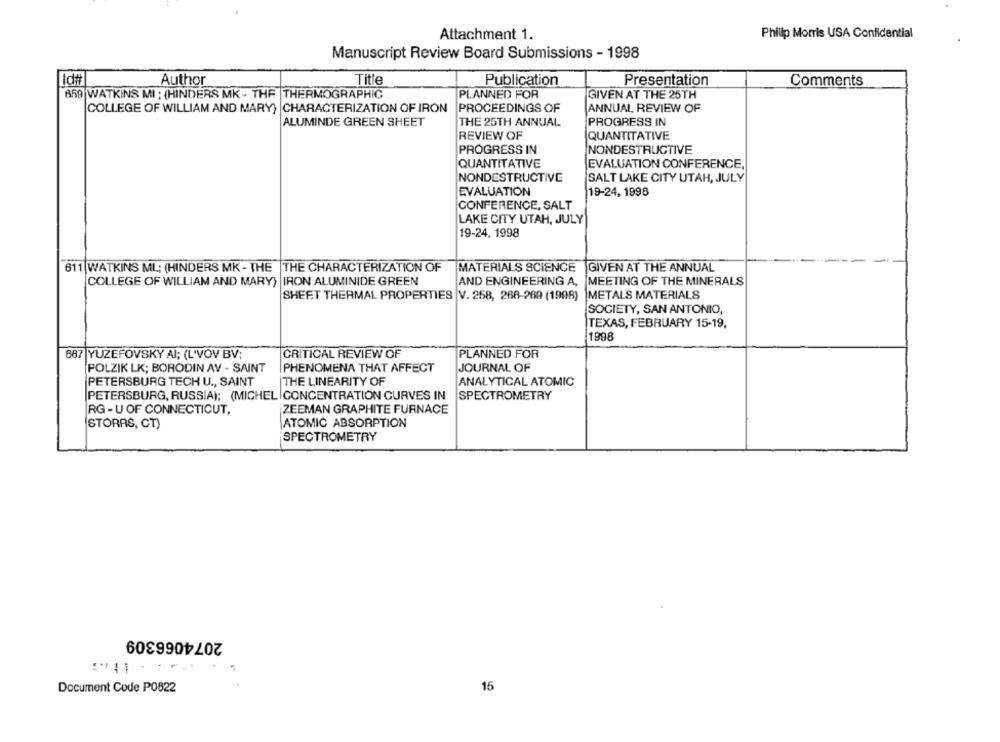
Attachment 1.
Philip Morris USA Confidential
Manuscript Review Board Submissions - 1998
Id#
Author
Title
Publication
Presentation
Comments
659 WATKINS MI : (HINDERS MK - THE |THERMOGRAPHIC
PLANNED FOR
GIVEN AT THE 25TH
COLLEGE OF WILLIAM AND MARY) |CHARACTERIZATION OF IRON PROCEEDINGS OF
ANNUAL REVIEW OF
ALUMINDE GREEN SHEET
THE 25TH ANNUAL
PROGRESS IN
REVIEW OF
QUANTITATIVE
PROGRESS IN
NONDESTRUCTIVE
QUANTITATIVE
EVALUATION CONFERENCE,
NONDESTRUCTIVE
SALT LAKE CITY UTAH, JULY
EVALUATION
19-24, 1998
CONFERENCE, SALT
LAKE CITY UTAH, JULY
19-24, 1998
611 WATKINS ML; (HINDERS MK - THE |THE CHARACTERIZATION OF
MATERIALS SCIENCE
GIVEN AT THE ANNUAL
COLLEGE OF WILLIAM AND MARY) |IRON ALUMINIDE GREEN
AND ENGINEERING A,
MEETING OF THE MINERALS
SHEET THERMAL PROPERTIES |V. 258, 268-269 (1998)
METALS MATERIALS
SOCIETY, SAN ANTONIO,
TEXAS, FEBRUARY 15-19,
1998
667 YUZEFOVSKY AI; (L'VOV BV;
CRITICAL REVIEW OF
PLANNED FOR
POLZIK LK; BORODIN AV - SAINT
PHENOMENA THAT AFFECT
JOURNAL OF
PETERSBURG TECH U ., SAINT
THE LINEARITY OF
ANALYTICAL ATOMIC
PETERSBURG, RUSSIA); (MICHEL |CONCENTRATION CURVES IN
SPECTROMETRY
RG - U OF CONNECTICUT,
ZEEMAN GRAPHITE FURNACE
ATOMIC ABSORPTION
STORAS, CT)
SPECTROMETRY
2074066309
Document Code P0622
15